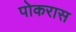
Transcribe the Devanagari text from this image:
पोकरास